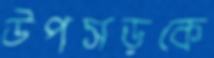
উপসড়কে